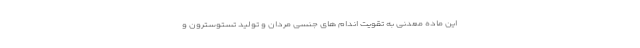
این ماده معدنی به تقویت اندام های جنسی مردان و تولید تستوسترون و